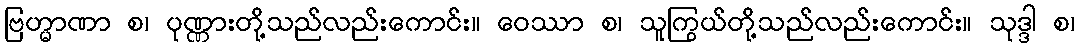
ဗြဟ္မာဏာ စ၊ ပုဏ္ဏားတို့သည်လည်းကောင်း။ ဝေဿာ စ၊ သူကြွယ်တို့သည်လည်းကောင်း။ သုဒ္ဒါ စ၊